Report on vaccination in the Province of Bengal - 1874-1889
Year: 1874
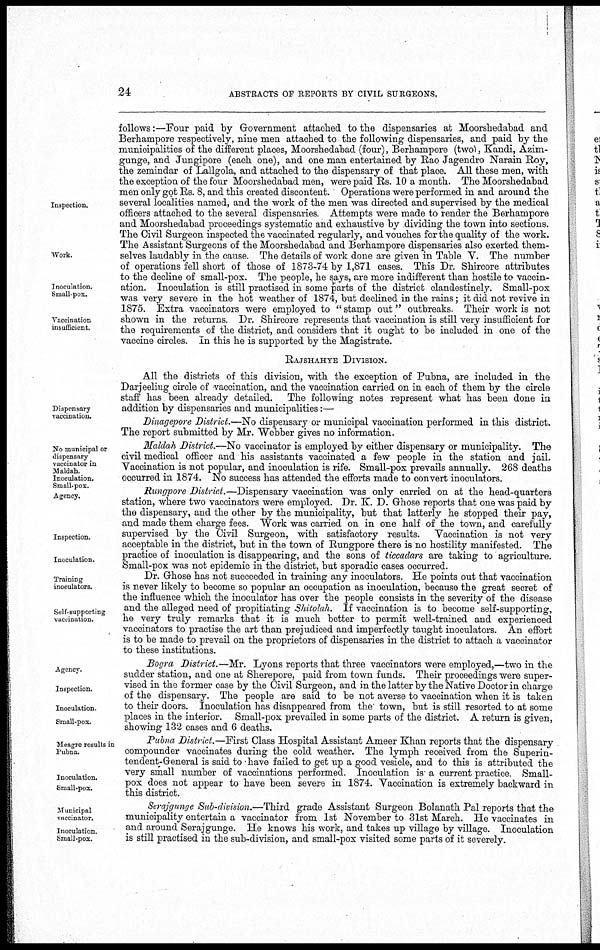
24
ABSTRACTS OF REPORTS BY CIVIL SURGEONS.
Inspection.
Work.
Inoculation.
Small-pox.
Vaccination
insufficient.
follows:—Four paid by Government attached to the dispensaries at Moorshedahad and
Berhampore respectively, nine men attached to the following dispensaries, and paid by the
municipalities of the different places, Moorshedabad (four), Berhampore (two), Kandi, Azim¬
gunge, and Jungipore (each one), and one man entertained by Rao Jagendro Narain Roy,
the zemindar of Lallgola, and attached to the dispensary of that place. All these men, with
the exception of the four Moorshedabad men, were paid Rs. 10 a month. The Moorshedabad
men only got Rs. 8, and this created discontent. Operations were performed in and around the
several localities named, and the work of the men was directed and supervised by the medical
officers attached to the several dispensaries. Attempts were made to render the Berhampore
and Moorshedabad proceedings systematic and exhaustive by dividing the town into sections.
The Civil Surgeon inspected the vaccinated regularly, and vouches for the quality of the work.
The Assistant Surgeons of the Moorshedabad and Berhampore dispensaries also exerted them-
selves laudably in the cause. The details of work done are given in Table V. The number
of operations fell short of those of 1873-74 by 1,871 cases. This Dr. Shircore attributes
to the decline of small-pox. The people, he says, are more indifferent than hostile to vaccin-
ation. Inoculation is still practised in some parts of the district clandestinely. Small-pox
was very severe in the hot weather of 1874, but declined in the rains; it did not revive in
1875. Extra vaccinators were employed to " stamp out" outbreaks. Their work is not
shown in the returns Dr. Shircore represents that vaccination is still very insufficient for
the requirements of the district, and considers that it ought to be included in one of the
vaccine circles. In this he is supported by the Magistrate.
RAJSHAHYE DIVISION.
Dispensary
vaccination.
All the districts of this division, with the exception of Pubna, are included in the
Darjeeling circle of vaccination, and the vaccination carried on in each of them by the circle
staff has been already detailed. The following notes represent what has been done in
addition by dispensaries and municipalities:—
Dinagepore District.—No dispensary or municipal vaccination performed in this district.
The report submitted by Mr. Webber gives no information.
No municipal or
dispensary
vaccinator in
Maldah
Inoculation.
Small-pox.
Maldah District.—No vaccinator is employed by either dispensary or municipality. The
civil medical officer and his assistants vaccinated a few people in the station and jail.
Vaccination is not popular, and inoculation is rife. Small-pox prevails annually. 268 deaths
occurred in 1874. No success has attended the efforts made to convert inoculators.
Agency.
Inspection.
Inoculation.
Rungpore District.—Dispensary vaccination was only carried on at the head-quarters
station, where two vaccinators were employed. Dr. K. D. Ghose reports that one was paid by
the dispensary, and the other by the municipality, but that latterly he stopped their pay,
and made them charge fees. Work was carried on in one half of the town, and carefully
supervised by the Civil Surgeon, with satisfactory results. Vaccination is not very
acceptable in the district, but in the town of Rungpore there is no hostility manifested. The
practice of inoculation is disappearing, and the sons of ticcadars are taking to agriculture.
Small-pox was not epidemic in the district, but sporadic cases occurred.
Training
inoculators.
Self-supporting
vaccination.
Dr. Grhose has not succeeded in training any inoculators. He points out that vaccination
is never likely to become so popular an occupation as inoculation, because the great secret of
the influence which the inoculator has over the people consists in the severity of the disease
and the alleged need of propitiating Shitolah. If vaccination is to become self-supporting,
he very truly remarks that it is much better to permit well-trained and experienced
vaccinators to practise the art than prejudiced and imperfectly taught inoculators. An effort
is to be made to prevail on the proprietors of dispensaries in the district to attach a vaccinator
to these institutions.
Agency.
Inspection.
Inoculation.
Small-pox.
Bogra District.—Mr. Lyons reports that three vaccinators were employed,—two in the
sudder station, and one at Sherepore, paid from town funds. Their proceedings were super-
vised in the former case by the Civil Surgeon, and in the latter by the Native Doctor in charge
of the dispensary. The people are said to be not averse to vaccination when it is taken
to their doors. Inoculation has disappeared from the town, but is still resorted to at some
places in the interior. Small-pox prevailed in some parts of the district. A return is given,
showing; 132 cases and 6 deaths.
Meagre results in
Pubna.
Inoculation.
Small-pox.
Pubna District.—First Class Hospital Assistant Ameer Khan reports that the dispensary
compounder vaccinates during the cold weather. The lymph received from the Superin-
tendent-General is said to have failed to get up a good vesicle, and to this is attributed the
very small number of vaccinations performed. Inoculation is a current practice. Small-
pox does not appear to have been severe in 1874. Vaccination is extremely backward in
this district.
Municipal
vaccinator.
Inoculation.
Small-pox.
Serajgunge Sub-division.—Third grade Assistant Surgeon Bolanath Pal reports that the
municipality entertain a vaccinator from 1st November to 31st March. He vaccinates in
and around Serajgunge. He knows his work, and takes up village by village. Inoculation
is still practised in the sub-division, and small-pox visited some parts of it severely.